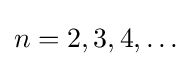
n=2,3,4,\dots